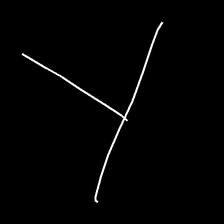
Glyph: column